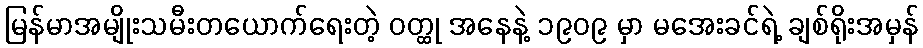
မြန်မာအမျိုးသမီးတယောက်ရေးတဲ့ ဝတ္ထု အနေနဲ့ ၁၉၀၉ မှာ မအေးခင်ရဲ့ ချစ်ရိုးအမှန်